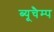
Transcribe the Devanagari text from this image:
ब्यूचैम्प